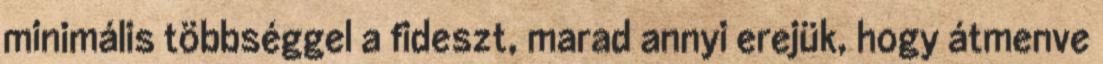
minimális többséggel a fideszt, marad annyi erejük, hogy átmenve